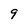
Character: 9